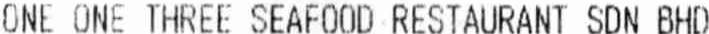
ONE ONE THREE SEAFOOD RESTAURANT SDN BHD